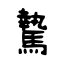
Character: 騺